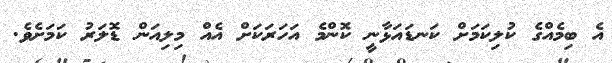
އެ ބިމެއްގެ ކުލިކަމަށް ކަނޑައަޅާނީ ކޮންމެ އަހަރަކަށް އެއް މިލިއަން ޑޮލަރު ކަމަށެވެ.